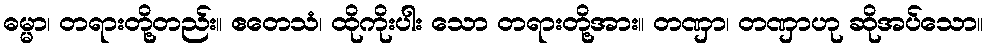
ဓမ္မာ၊ တရားတို့တည်း။ ဧတေသံ၊ ထိုကိုးပါး သော တရားတို့အား။ တဏှာ၊ တဏှာဟု ဆိုအပ်သော။